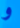
و